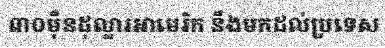
៣០ម៉ឺនដុល្លារអាមេរិក នឹងមកដល់ប្រទេស